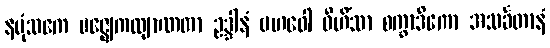
နပုံသကေ မဇ္ဈေကလျာဏတာ ဥဒ္ဒါနံ ဗဟဝေါ ဝိဟိံသာ စက္ခာဒိကော အသင်္ခတာနံ